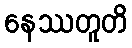
နေဿတူတိ